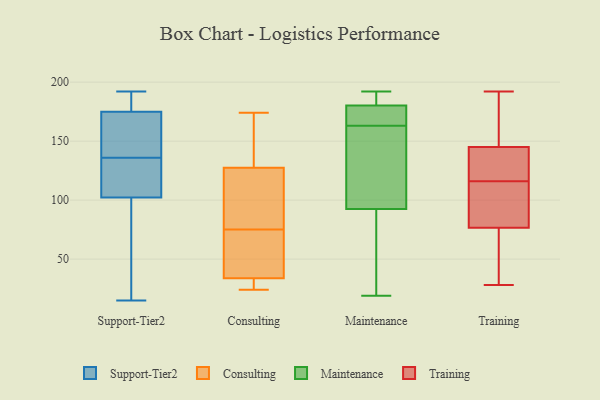
{"axis": {"x": "Website Visitors", "y": "Value"}, "legend": ["Consulting", "Maintenance", "Support-Tier2", "Training"], "data": [{"x": "", "y": 192, "type": "Support-Tier2"}, {"x": "", "y": 15, "type": "Support-Tier2"}, {"x": "", "y": 178, "type": "Support-Tier2"}, {"x": "", "y": 122, "type": "Support-Tier2"}, {"x": "", "y": 136, "type": "Support-Tier2"}, {"x": "", "y": 113, "type": "Support-Tier2"}, {"x": "", "y": 99, "type": "Support-Tier2"}, {"x": "", "y": 112, "type": "Support-Tier2"}, {"x": "", "y": 140, "type": "Support-Tier2"}, {"x": "", "y": 74, "type": "Support-Tier2"}, {"x": "", "y": 166, "type": "Support-Tier2"}, {"x": "", "y": 178, "type": "Support-Tier2"}, {"x": "", "y": 189, "type": "Support-Tier2"}, {"x": "", "y": 156, "type": "Support-Tier2"}, {"x": "", "y": 67, "type": "Support-Tier2"}, {"x": "", "y": 54, "type": "Consulting"}, {"x": "", "y": 105, "type": "Consulting"}, {"x": "", "y": 36, "type": "Consulting"}, {"x": "", "y": 75, "type": "Consulting"}, {"x": "", "y": 29, "type": "Consulting"}, {"x": "", "y": 126, "type": "Consulting"}, {"x": "", "y": 147, "type": "Consulting"}, {"x": "", "y": 25, "type": "Consulting"}, {"x": "", "y": 140, "type": "Consulting"}, {"x": "", "y": 174, "type": "Consulting"}, {"x": "", "y": 24, "type": "Consulting"}, {"x": "", "y": 95, "type": "Consulting"}, {"x": "", "y": 51, "type": "Consulting"}, {"x": "", "y": 128, "type": "Consulting"}, {"x": "", "y": 33, "type": "Consulting"}, {"x": "", "y": 163, "type": "Maintenance"}, {"x": "", "y": 181, "type": "Maintenance"}, {"x": "", "y": 192, "type": "Maintenance"}, {"x": "", "y": 174, "type": "Maintenance"}, {"x": "", "y": 19, "type": "Maintenance"}, {"x": "", "y": 144, "type": "Maintenance"}, {"x": "", "y": 93, "type": "Maintenance"}, {"x": "", "y": 187, "type": "Maintenance"}, {"x": "", "y": 91, "type": "Maintenance"}, {"x": "", "y": 70, "type": "Maintenance"}, {"x": "", "y": 136, "type": "Maintenance"}, {"x": "", "y": 173, "type": "Maintenance"}, {"x": "", "y": 180, "type": "Maintenance"}, {"x": "", "y": 76, "type": "Training"}, {"x": "", "y": 142, "type": "Training"}, {"x": "", "y": 139, "type": "Training"}, {"x": "", "y": 192, "type": "Training"}, {"x": "", "y": 28, "type": "Training"}, {"x": "", "y": 78, "type": "Training"}, {"x": "", "y": 146, "type": "Training"}, {"x": "", "y": 31, "type": "Training"}, {"x": "", "y": 116, "type": "Training"}, {"x": "", "y": 81, "type": "Training"}, {"x": "", "y": 184, "type": "Training"}]}